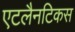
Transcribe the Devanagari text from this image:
एटलैनटिकस